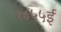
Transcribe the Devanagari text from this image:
१८५५ई